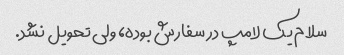
سلام یک لامپ در سفارش بوده، ولی تحویل نشد.